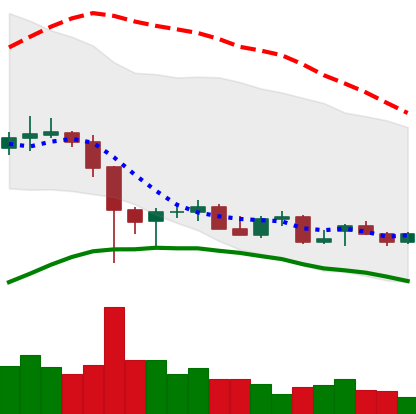
Ticker: LTC-USD
Chart end date: 2021-12-18
Forward return: 9.844%
Label: up_7plus